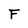
Character: F